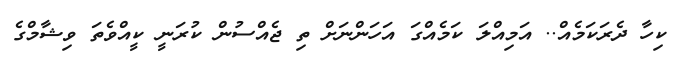
ކިހާ ދެރަކަމެއް.. އަމިއްލަ ކަމެއްގަ އަހަންނަށް ތި ޖެއްސުން ކުރަނީ ކީއްވެތަ ވިޝާމްގެ